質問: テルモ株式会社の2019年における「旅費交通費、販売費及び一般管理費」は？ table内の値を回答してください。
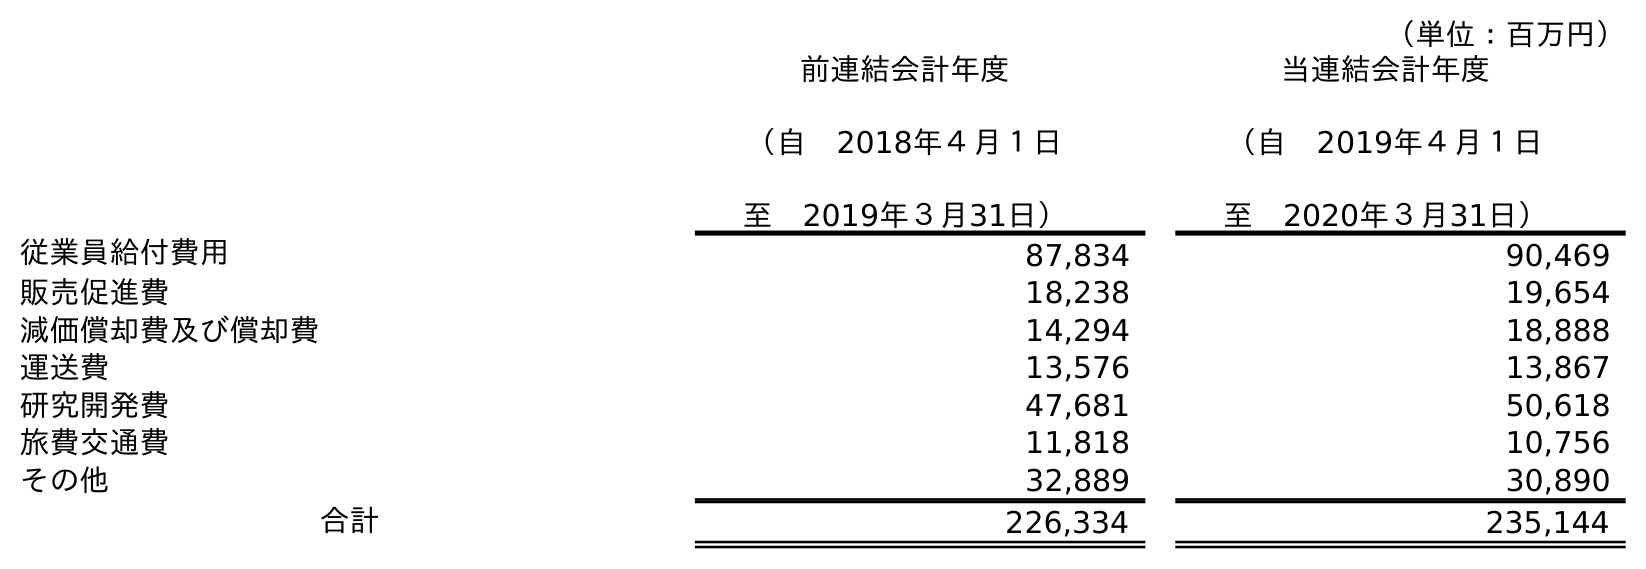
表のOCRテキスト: （単位：百万円） 前連結会計年度 （自 2018年４月１日 至 2019年３月31日） 当連結会計年度 （自 2019年４月１日 至 2020年３月31日） 従業員給付費用 87,834 90,469 販売促進費 18,238 19,654 減価償却費及び償却費 14,294 18,888 運送費 13,576 13,867 研究開発費 47,681 50,618 旅費交通費 11,818 10,756 その他 32,889 30,890 合計 226,334 235,144
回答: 11,818